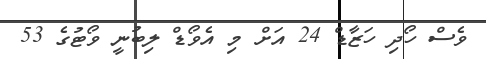
ވެސް ހޯދި ހަޒާޑް 24 އަށް މި އެވޯޑް ލިބުނީ ވޯޓުގެ 53